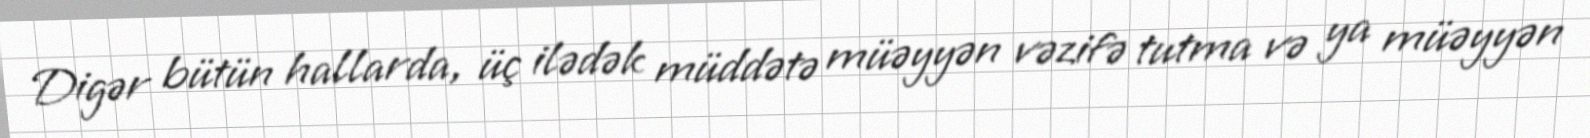
Digər bütün hallarda, üç ilədək müddətə müəyyən vəzifə tutma və ya müəyyən